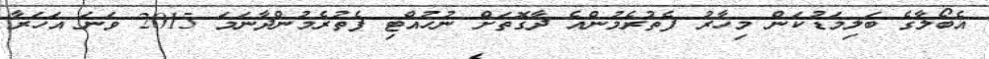
އެބޯލާގެ ބަލިމަޑުކަން މިހާރު ފެތުރެމުންއެ ދާގޮތަށް ނުހުއްޓި ފެތުރެމުންދާނަމަ 2015 ވަނަ އަހަރާ